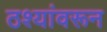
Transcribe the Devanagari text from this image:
ठश्यांवरून